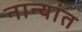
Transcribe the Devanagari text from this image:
नान्यांत